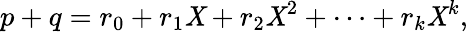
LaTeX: p+q=r_{0}+r_{1}\mathit{X}+r_{2}\mathit{X}^{2}+\cdots+r_{k}\mathit{X}^{k},